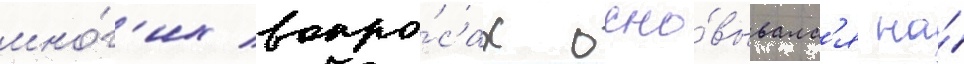
мно́г'их вопро́сах осно́вывалс'я на́